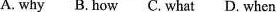
A. why B.How C. What D. When